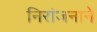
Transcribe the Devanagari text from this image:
निरांजनाने